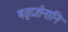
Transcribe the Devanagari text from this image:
षड्दर्शनानि